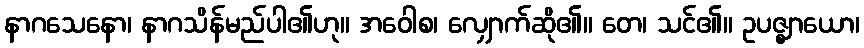
နာဂသေနော၊ နာဂသိန်မည်ပါ၏ဟု။ အဝေါစ၊ လျှောက်ဆို၏။ တေ၊ သင်၏။ ဥပဇ္ဈာယော၊